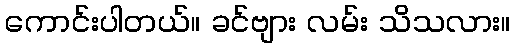
ကောင်းပါတယ်။ ခင်ဗျား လမ်း သိသလား။